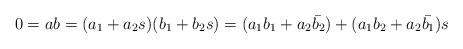
LaTeX: \begin{align*}0=ab=(a_1+a_2s)(b_1+b_2s)=(a_1b_1+a_2\bar{b_2})+(a_1b_2+a_2\bar{b_1})s\end{align*}